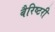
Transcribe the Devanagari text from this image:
बैरिष्टरी